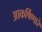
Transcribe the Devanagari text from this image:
आकर्षिणारे